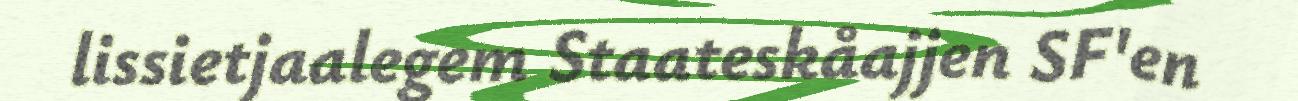
lissietjaalegem Staateskåajjen SF'en